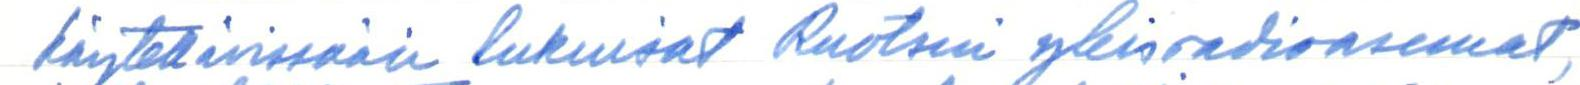
käytettävissään lukuisat Ruotsin yleisradioasemat,